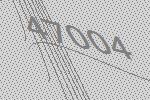
47004